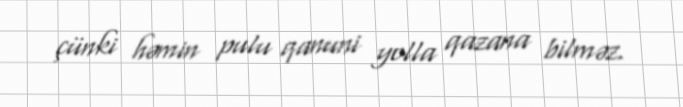
çünki həmin pulu qanuni yolla qazana bilməz.